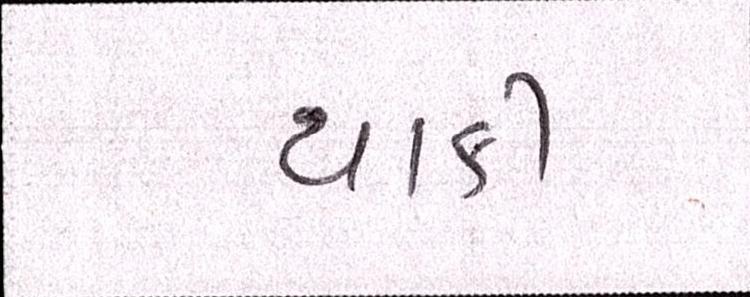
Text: થાકી